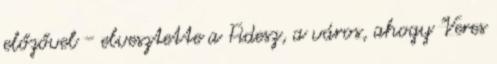
előzővel - elvesztette a Fidesz, a város, ahogy "Veres